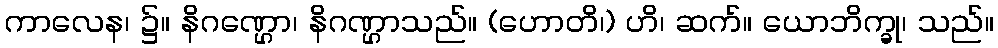
ကာလေန၊ ၌။ နိဂဏ္ဌော၊ နိဂဏ္ဌာသည်။ (ဟောတိ၊) ဟိ၊ ဆက်။ ယောဘိက္ခု၊ သည်။